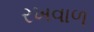
રખવાળ